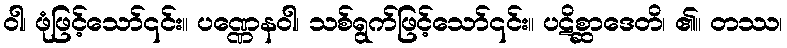
ဝါ၊ ဖုံဖြင့်သော်၎င်း။ ပဏ္ဏေနဝါ၊ သစ်ရွက်ဖြင့်သော်၎င်း။ ပဋိစ္ဆာဒေတိ၊ ၏။ တဿ၊